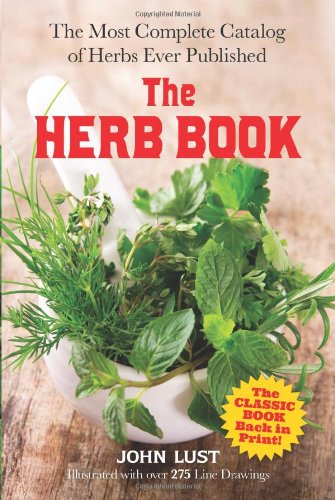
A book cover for The Herb Book: The Most Complete Catalog of Herbs Ever Published (Dover Cookbooks); John Lust; Science & Math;